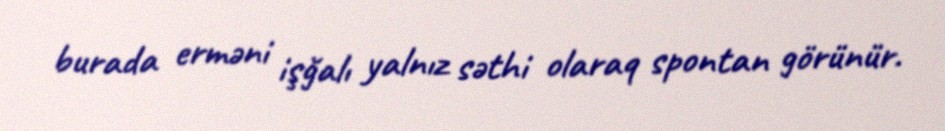
burada erməni işğalı yalnız səthi olaraq spontan görünür.